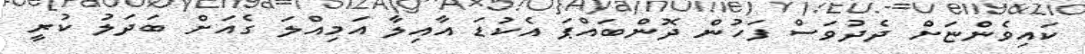
ކައިވެންޏަށް ދެދުވަސް ފަހުން ދޮންބައްޕަ އެކުޑަ އާއިލާ އަމިއްލަ ގެއަށް ބަދަލު ކުރީ